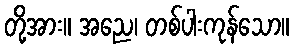
တို့အား။ အညေ၊ တစ်ပါးကုန်သော။